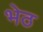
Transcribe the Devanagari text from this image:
भेठ